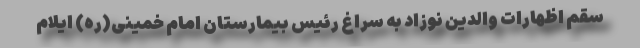
سقم اظهارات والدین نوزاد به سراغ رئیس بیمارستان امام خمینی(ره) ایلام